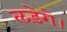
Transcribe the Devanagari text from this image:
लड़ेगे।